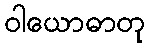
ဝါယောဓာတု